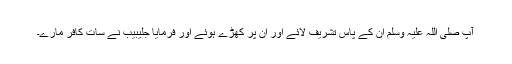
آپ صلی اللہ علیہ وسلم ان کے پاس تشریف لائے اور ان پر کھڑے ہوئے اور فرمایا جلیبیب نے سات کافر مارے۔